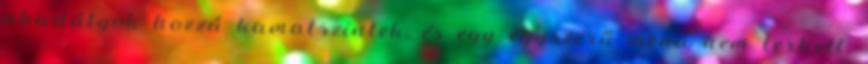
akadályok hozzá kamatszintek, és egy egyszerű menü nem terhelt,